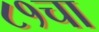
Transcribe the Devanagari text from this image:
८१चा